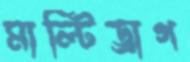
মাল্টিড্রাগ